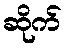
ဆိုက်